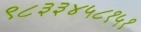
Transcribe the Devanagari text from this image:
९८३३४५८१५१